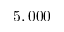
5 , 0 0 0